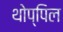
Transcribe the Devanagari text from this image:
थोप्पिल